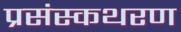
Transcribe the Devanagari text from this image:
प्रसंस्कथरण